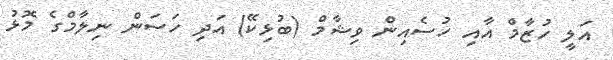
އަލީ ހުޒާމް އާއި ހުސެއިން ވިޝާމް (ބުޅިކޭ) އަދި ހަސަން ނިލާމްގެ މޮޅު